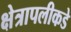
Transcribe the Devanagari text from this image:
क्षेत्रापलीकडे